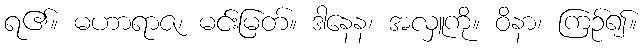
ရ၏။ မဟာရာဇ၊ မင်းမြတ်။ ဒါနေန၊ အလှူကို။ ဝိနာ၊ ကြဉ်၍။